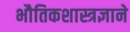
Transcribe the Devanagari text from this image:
भौतिकशास्त्रज्ञाने